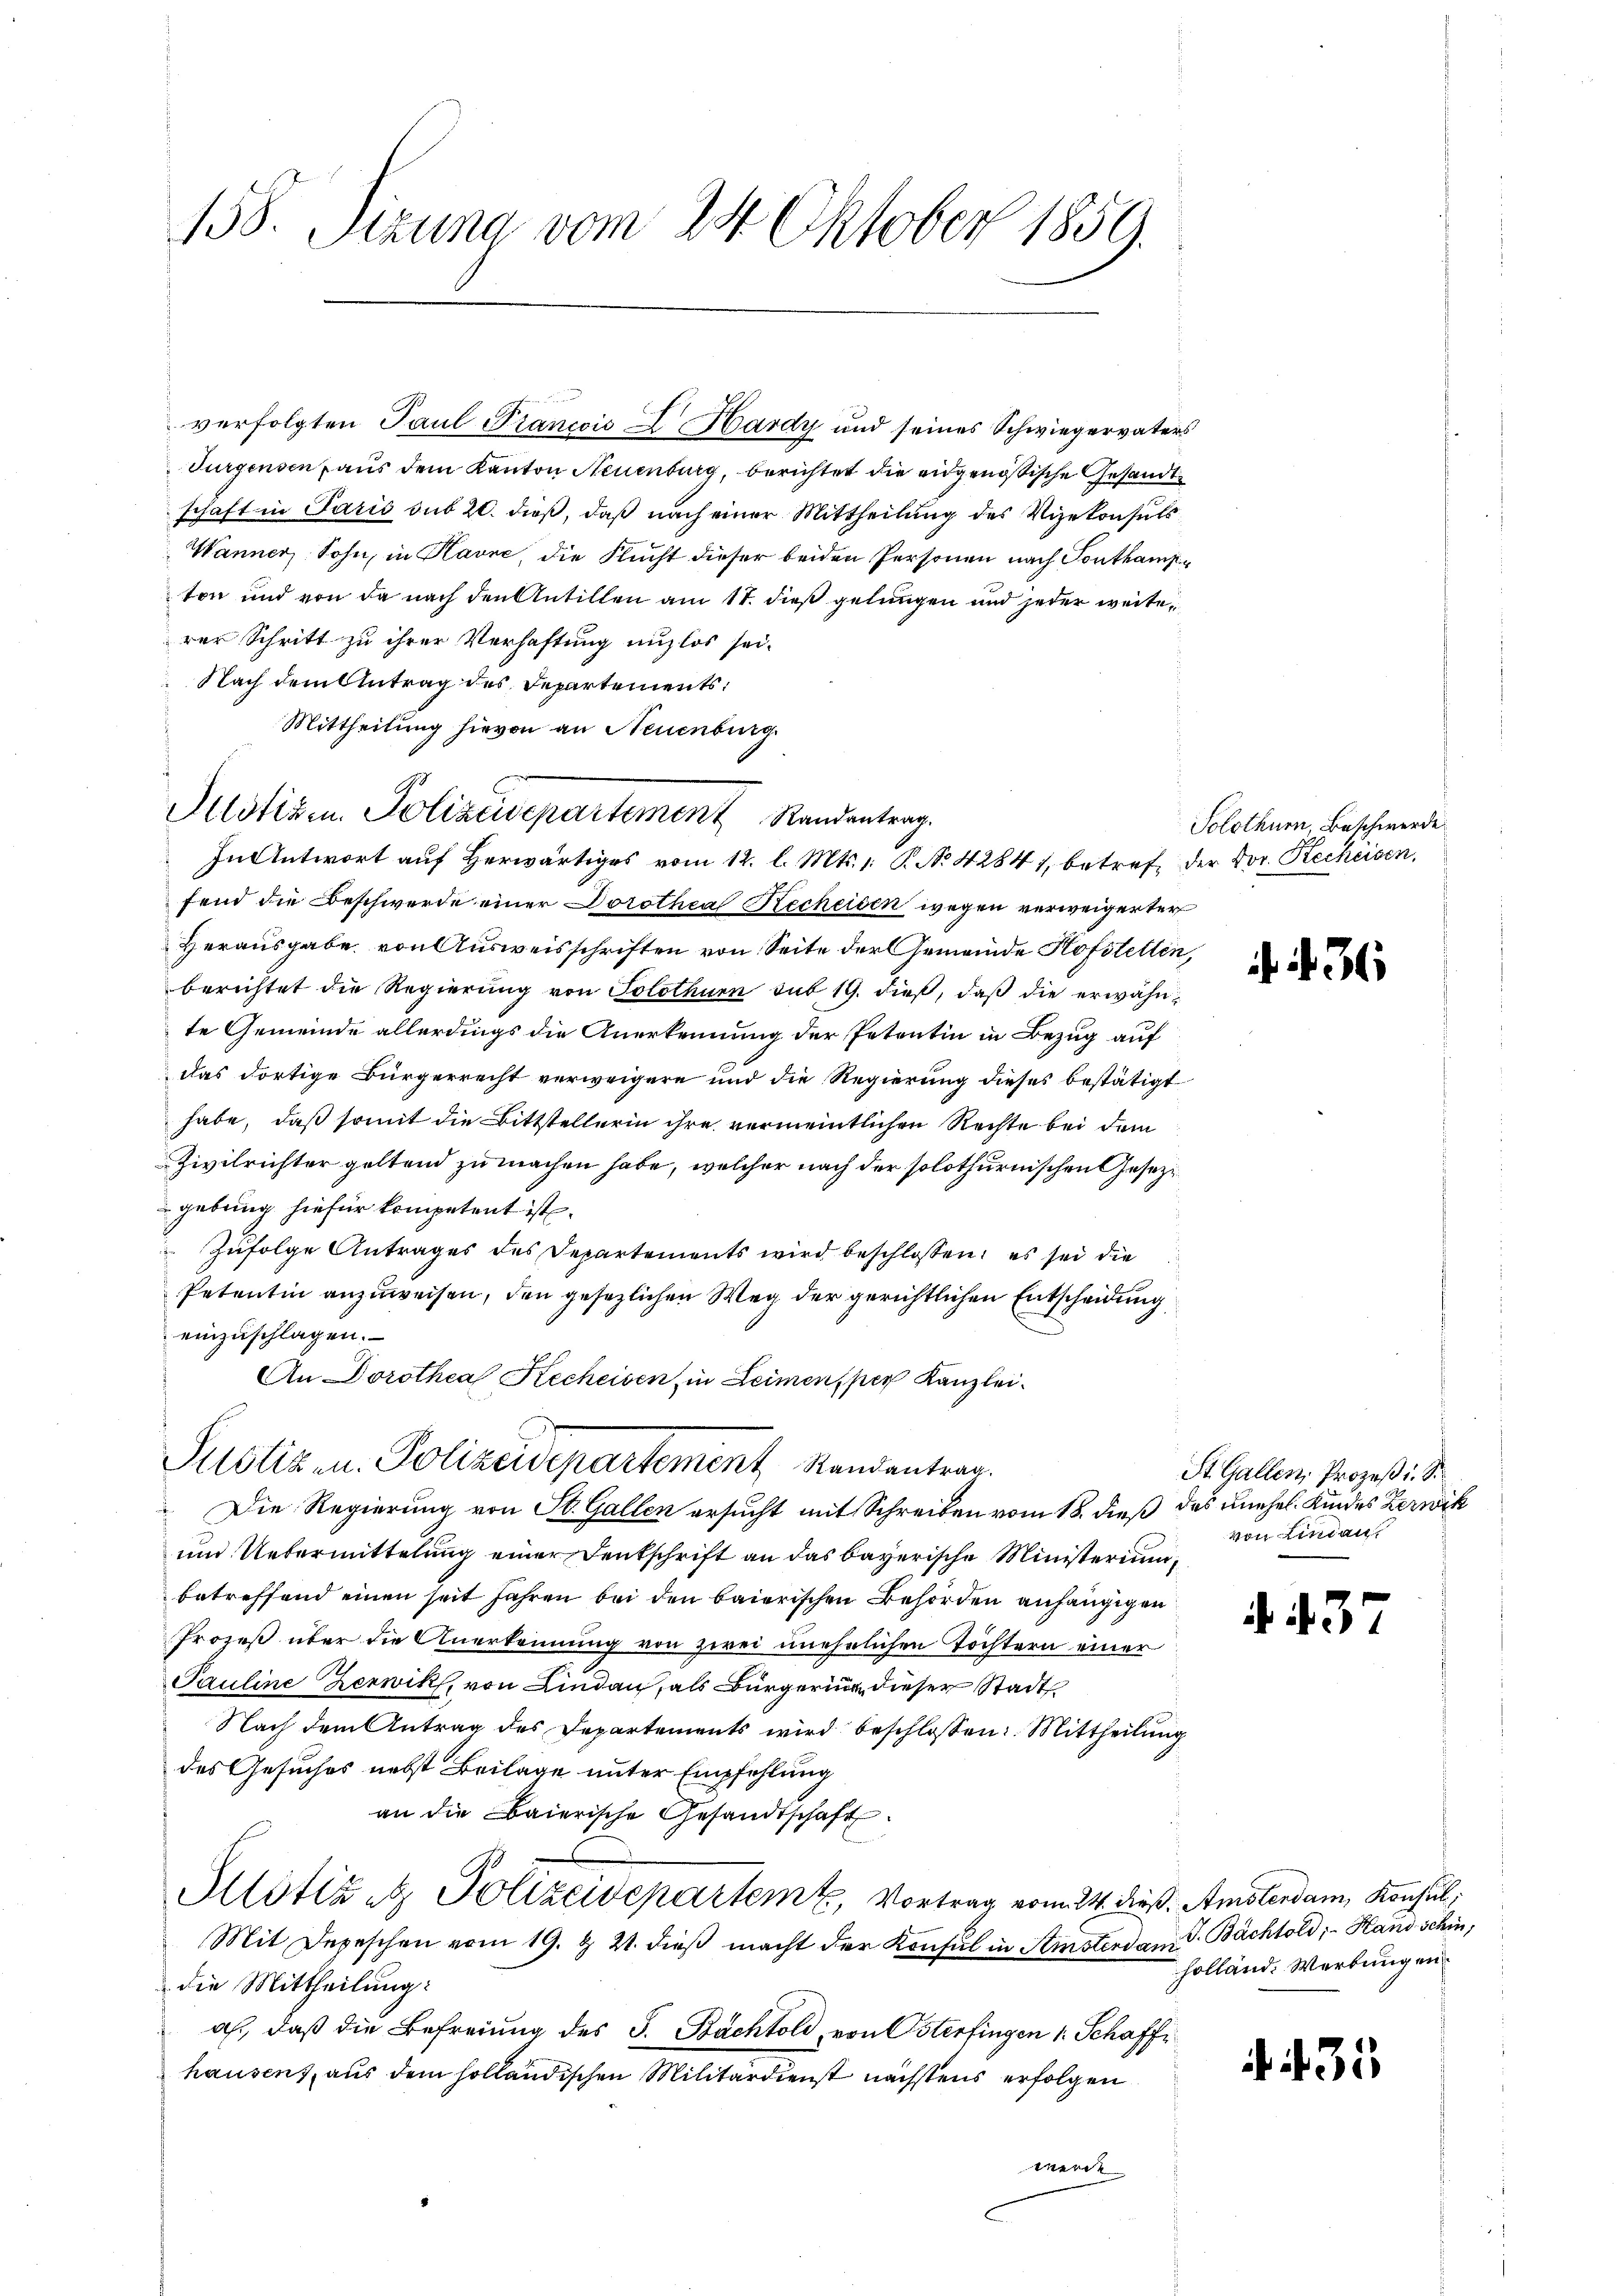
158. Sizung vom 24. Oktober 1859.

Turgensen aus dem Kanton Neuenburg, berichtet die eidgenössische Gesandtschaft in Paris sub 20. dieß, daß nach einer Mittheilung des Vizekonsuls
Wanner, Sohn, in Havre, die Flucht dieser beiden Personen nach Touthampton und von da nach den Antillen am 17. dieß gelungen und jeder weiterer Schritt zu ihrer Verhaftung unzlos sei.
Nach dem Antrag des Departements
Mittheilung hievon an Neuenburg.
In Antwort auf Herwärtiges vom 12. l. Mts. 1. P. No. 42841, betreff der vor. Recheisen,
fend die Beschwerde einer Dorothea Recheiden wegen verweigerter
Herausgabe von Ausweisschriften von Seite der Gemeinde Hofstellen,
berichtet die Regierŭng von Solothurn sub 19. dieβ, daβ die erwähnte Gemeinde allerdings die Anerkennung der Petentin in Bezug auf
das dortige Bürgerrecht verweigern und die Regierung dieses bestätigt
habe, daß somit die Bittstellerin ihre vermeintlichen Rechte bei dem
Zivilrichter geltend zu machen habe, welcher nach der solothurnischen Gesetzgebung hiefür kompetent ist.
Zufolge Antrages des Departements wird beschlossen: es sei die
Petentin anzuweisen, den gesezlichen Weg der gerichtlichen Entscheidung
einzuschlagen.
An Dorothea Recheisen, in Leimensper Kanzlei¬
Justiz in Polizeidepartement Randantrag.
 Die Regierung von St. Gallen ersucht mit Schreiben vom 18. dieß das unehel. Kindes Zerwik
und Uebermittelung einer Deutschrift an das bayerische Ministerium,
betreffend einen seit Jahren bei den baierischen Behörden anhängigen
Prozeß über die Anerkennung von zwei unehelichen Töchtern einer
Pauline Zerwik, von Lindau, als Bürgering dieser Stadt
Nach dem Antrag des Departements wird beschlossen: Mittheilung
des Gesuches nebst Beilage unter Empfehlung
an die Baierische Gesandtschaft.
Allotizetz Polizeidepartem Vortrag vom 24. dieß. Amstendam Konsul,
Mit Depeschen vom 19. d. 21. dieß macht der Konsul in Amsterdan P. Bächtold; - Hand schin,
 die Mittheilung:
al, daß die Befreiung des S. Bachtold, von Osterfingen 1 Schaffhausen), aus dem holländischen Militärdienst nächstens erfolgen
werde

Justiz in Polizeidepartement Randentrag.

verfolgten Paul Prancois Hardy und seines Schwiegervaters

Solothurn, Beschwerde

36

St. Gallen, Prozeß i. S.
von einau

4. 437

holland. Werbungen

31